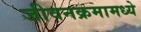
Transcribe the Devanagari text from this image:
जीवनक्रमामध्ये